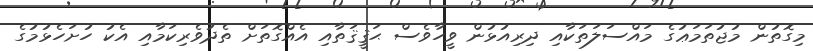
މިގޮތުން މުޖުތަމަޢުގެ މައްސަލަތަކާއި ދިރިއުޅުން ވީހާވެސް ޙަޤީޤަތާއި އެއްގޮތަށް ތެދުވެރިކަމާއި އެކު ހުށަހެޅުމުގެ